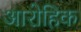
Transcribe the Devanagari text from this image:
आरोहिक